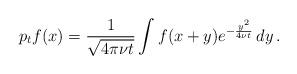
LaTeX: \begin{align*}p_tf(x)=\frac 1{\sqrt{4\pi\nu t}} \int f(x+y) e^{-\frac{y^2}{4\nu t} }\, dy\,. \end{align*}